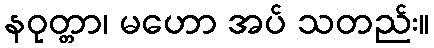
နဝုတ္တာ၊ မဟော အပ် သတည်း။